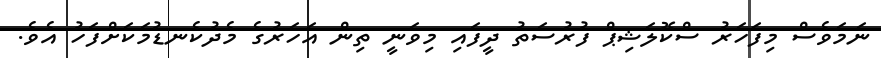
ނަމަވެސް މިފަހަރު ސްކޮލަޝިޕް ފުރުސަތު ދީފައި މިވަނީ ތިން އަހަރުގެ މެދުކެނޑުމަކަށްފަހު އެވެ.